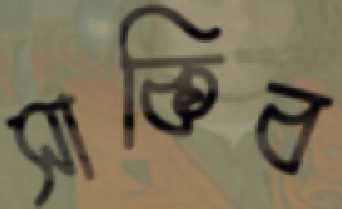
সাকিব